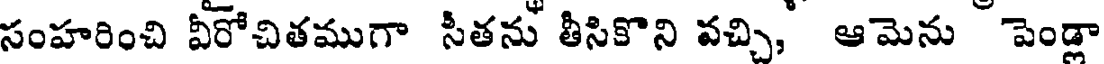
సంహరించి వీరోచితముగా సీతను తీసికొని వచ్చి, ఆమెను పెండ్లా